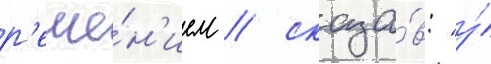
р'еше́н'ием / сказа́в: "у́